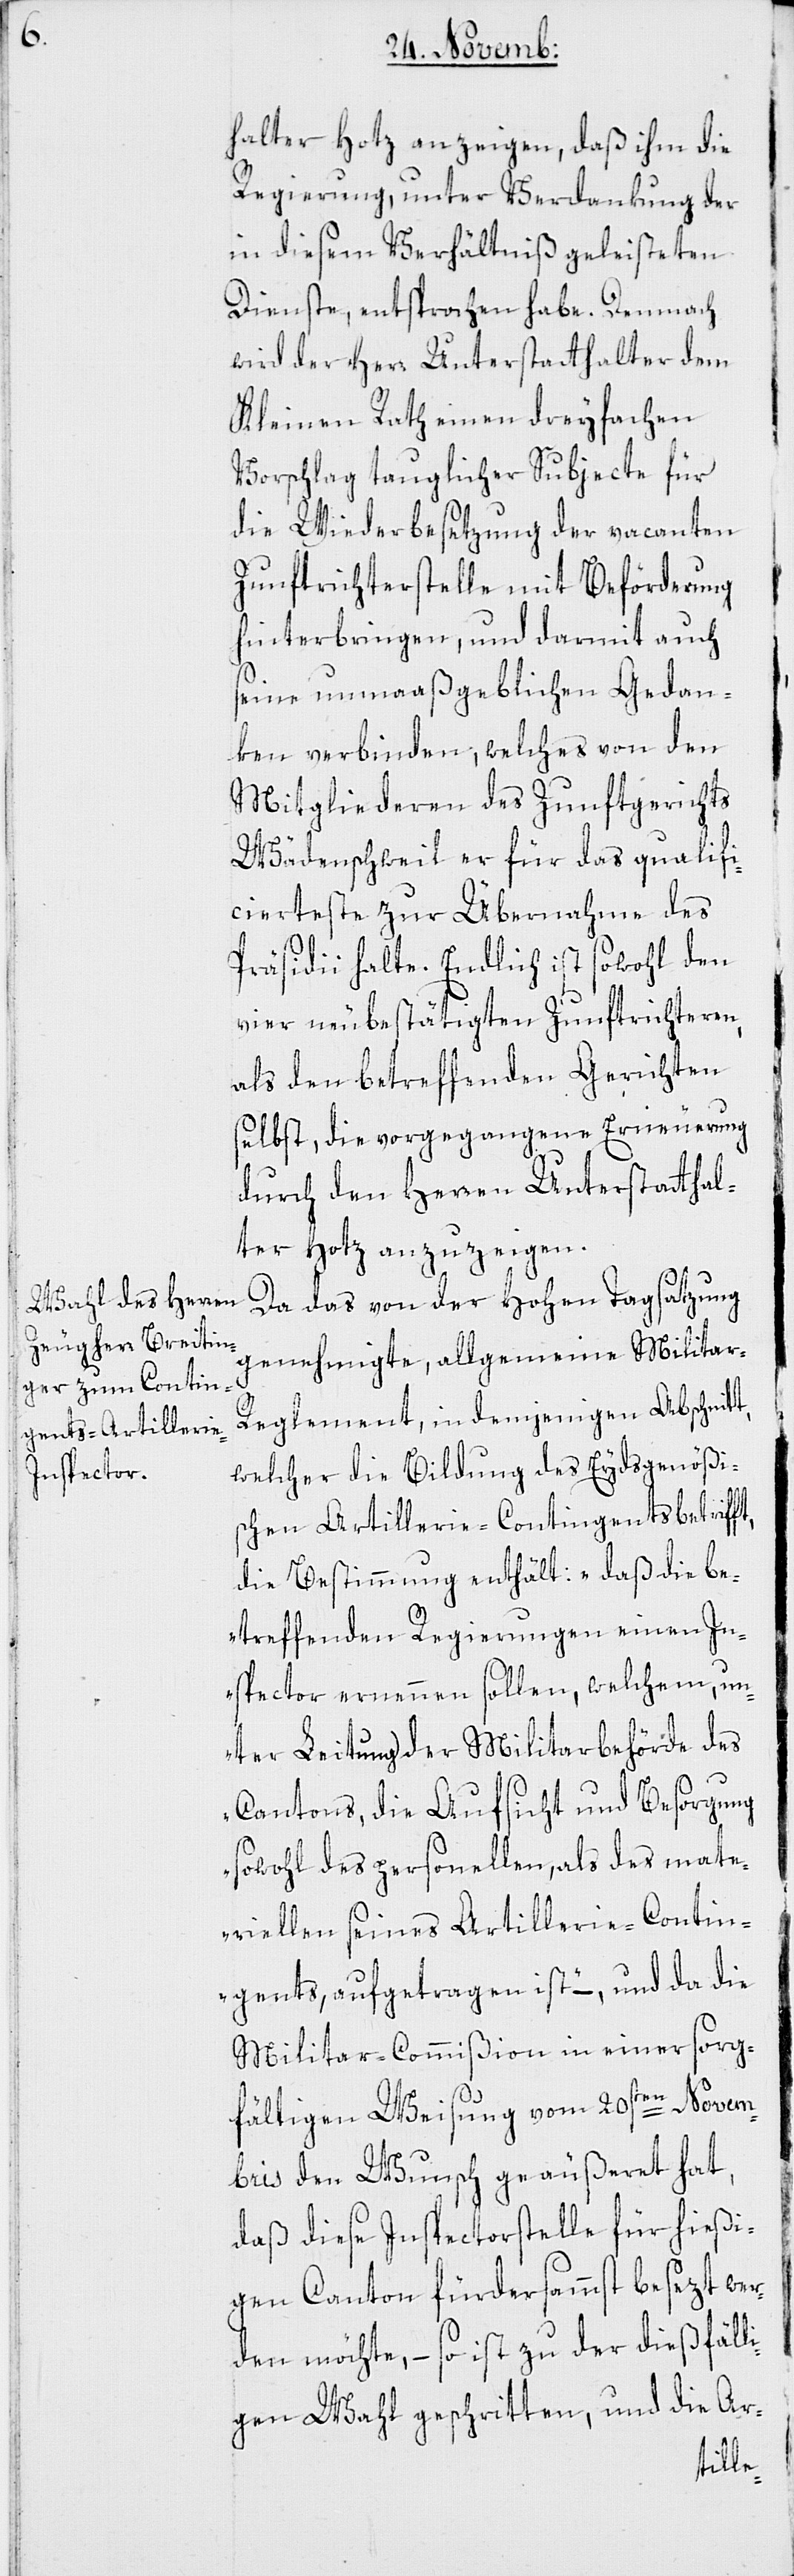
t,

halter Hotz anzeigen, daß ihm die
Regierung, unter Verdankung der
in diesem Verhältniß geleisteten
Dienste, entsprochen habe. Demnach
wird der Herr Unterstatthalter dem
Kleinen Rath einen dreyfachen
Vorschlag tauglicher Subjecte für
die Wiederbesetzung der vacanten
Zunftrichterstelle mit Beförderung
hinterbringen, und damit auch
seine unmaaßgeblichen Gedan¬
ken verbinden, welches von den
Mitgliederen des Zunftgerichts
Wädenschweil er für das qualifi¬
cierteste zur Übernahme des
Präsidii halte. Endlich ist sowohl den
vier neubestätigten Zunftrichteren,
als den betreffenden Gerichten
selbst, die vorgegangene Erneuerung
durch den Herren Unterstatthal¬
ter Hotz anzuzeigen.
Da das von der Hohen Tagsatzung
genehmigte, allgemeine Militar-R¬
eglement, in demjenigen Abschnit¬
welcher die Bildung des Eydsgenößis¬
chen Artillerie-Contingents betrifft,
die Bestimmung enthält: „Daß die be¬
treffenden Regierungen einen In¬
spector ernennen sollen, welchem, un¬
ter Leitung der Militarbehörde des
Cantons, die Aufsicht und Besorgung
sowohl des personellen, als des mate¬
riellen seines Artillerie-Contin¬
gents, aufgetragen ist“, – und da die
Militar-Commißion in einer sorg¬
fältigen Weisung vom 20sten Novem¬
bris den Wunsch geäußeret hat,
daß diese Inspectorstelle für hießi¬
gen Canton fürdersammts besezt wer¬
den möchte, – so ist zu der dießfäll¬
igen Wahl geschritten und die Ar-